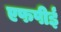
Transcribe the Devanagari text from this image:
एफपीई